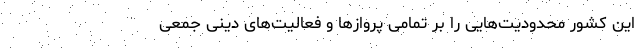
این کشور محدودیت‌هایی را بر تمامی پرواز‌ها و فعالیت‌های دینی جمعی